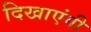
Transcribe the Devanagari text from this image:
दिखाएंगी